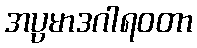
အပ္ပမာဒဂါရဝတာ